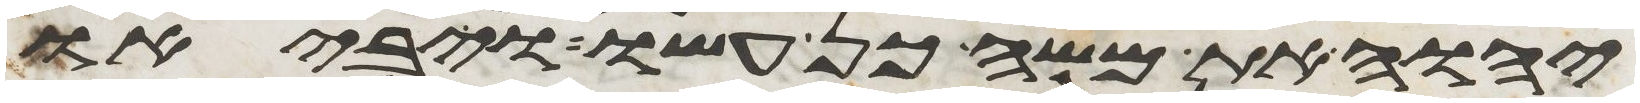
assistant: יהוה את משה כן עשו ויביאו